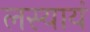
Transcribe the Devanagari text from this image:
लस्यायं